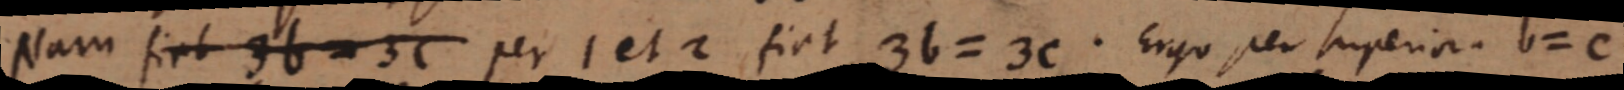
Nam fiet 3b = 3C per 1 et 2 fiat 3b = 3C. Ergo per superior. b = c